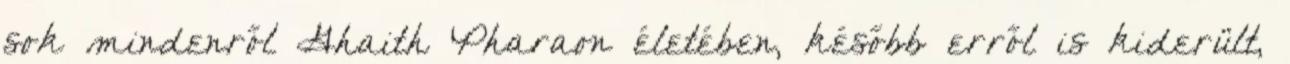
sok mindenről Ghaith Pharaon életében, később erről is kiderült,